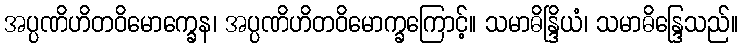
အပ္ပဏိဟိတဝိမောက္ခေန၊ အပ္ပဏိဟိတဝိမောက္ခကြောင့်။ သမာဓိန္ဒြိယံ၊ သမာဓိန္ဒြေသည်။